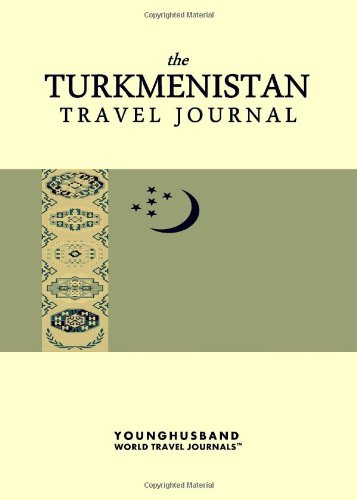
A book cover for The Turkmenistan Travel Journal; Younghusband World Travel Journals; Travel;